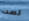
لست